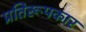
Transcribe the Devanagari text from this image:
प्रतिरूपकार